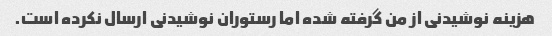
هزینه نوشیدنی از من گرفته شده اما رستوران نوشیدنی ارسال نکرده است.